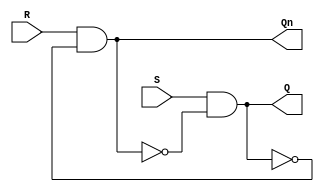
`timescale 1ns / 1ps
//////////////////////////////////////////////////////////////////////////////////
// Company: 
// Engineer: 
// 
// Design Name: 
// Module Name:    RSLatch 
// Project Name: 
// Target Devices: 
// Tool versions: 
// Description: 
//
// Dependencies: 
//
// Revision: 
// Revision 0.01 - File Created
// Additional Comments: 
//
//////////////////////////////////////////////////////////////////////////////////
module RSLatch(
    input R,
    input S,
    output Q,
    output Qn
    );

assign Q  = (S &~ Qn);
assign Qn = (R &~ Q);

endmodule